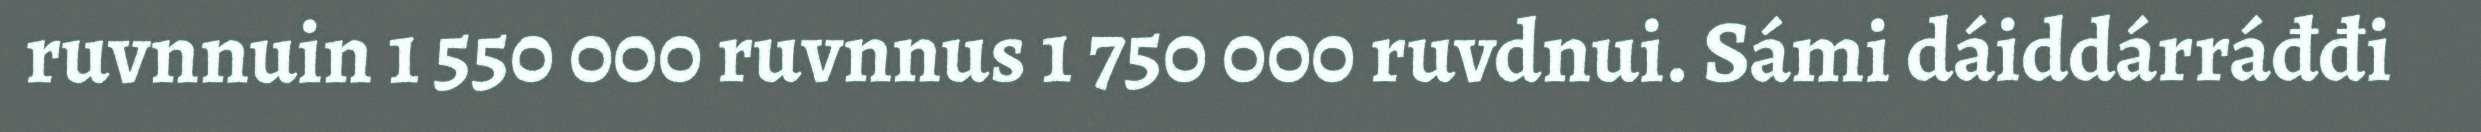
ruvnnuin 1 550 000 ruvnnus 1 750 000 ruvdnui. Sámi dáiddárráđđi